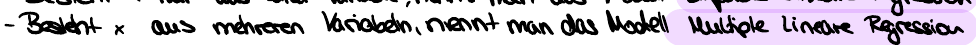
- Besteht x aus mehreren Variablen, nennt man das Modell Multiple Lineare Regression